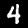
Label: 4